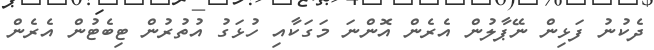
ދެކުނު ފަޅިން ނޭޕާލުން އެރެން އޮންނަ މަގަކާއި ހުޅަގު އުތުރުން ޓިބެޓުން އެރެން